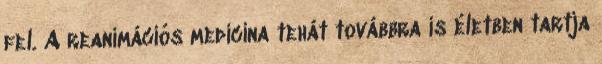
fel. A reanimációs medicina tehát továbbra is életben tartja